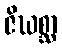
ဇိဃစ္ဆာ